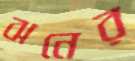
ঝনের